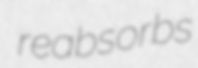
reabsorbs